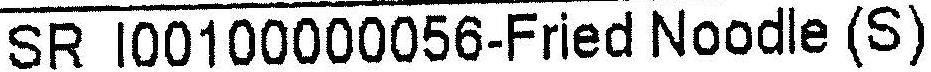
SR I00100000056-FRIED NOODLE (S)